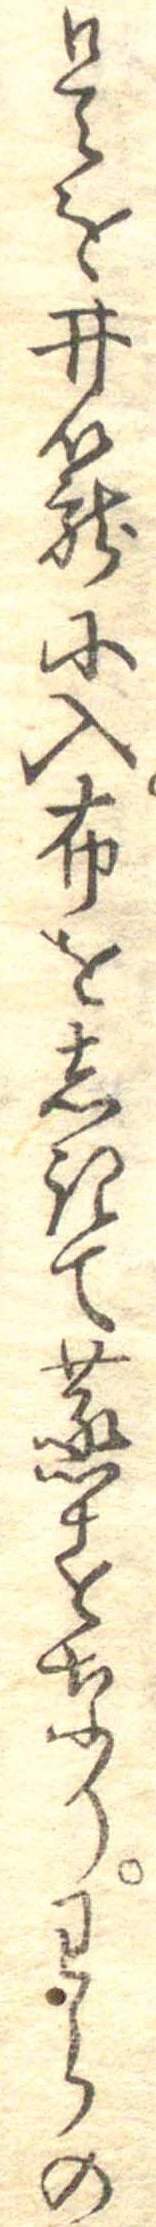
是を井篭に入布をしきて蒸すなりわらの